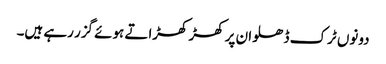
دونوں ٹرک ڈھلوان پر کھڑ کھڑاتے ہوئے گزر رہے ہیں۔